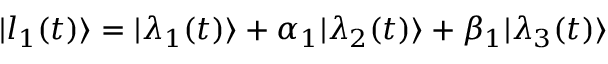
| l _ { 1 } ( t ) \rangle = | \lambda _ { 1 } ( t ) \rangle + \alpha _ { 1 } | \lambda _ { 2 } ( t ) \rangle + \beta _ { 1 } | \lambda _ { 3 } ( t ) \rangle